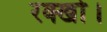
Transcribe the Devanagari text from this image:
रक्खो।